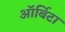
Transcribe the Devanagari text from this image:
ऑर्बिटा